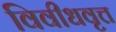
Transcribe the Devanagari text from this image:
विवीधवृत्त